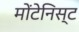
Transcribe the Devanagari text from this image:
मोंटेनिस्ट